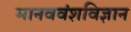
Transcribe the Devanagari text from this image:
मानववंशविज्ञान